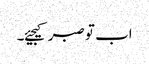
اب تو صبر کیجیئے۔